Report on malaria in the Punjab during the year ...  together with an account of the work of the Punjab Malaria Bureau - Volume 6
Disease focus: Malaria
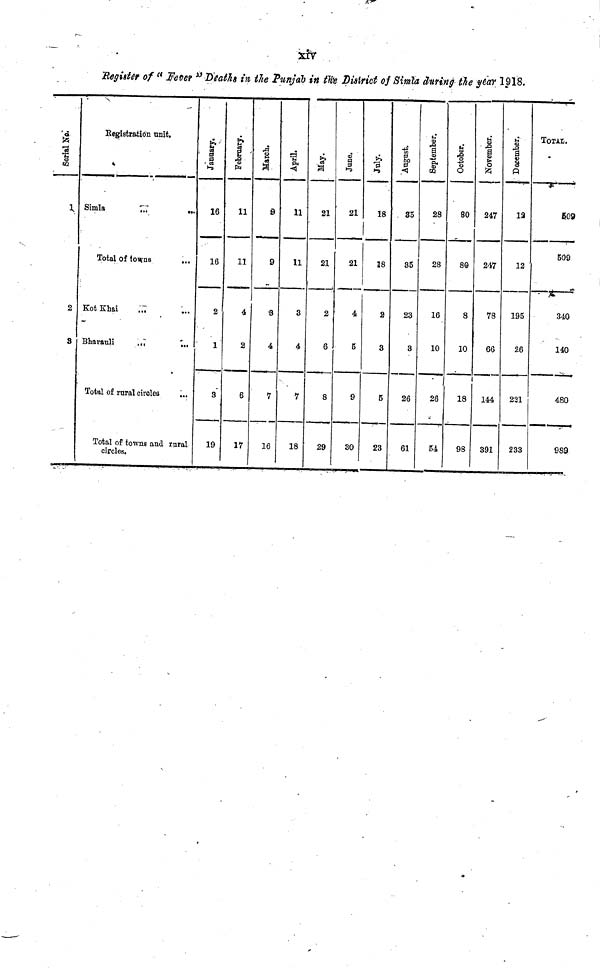
Register of « fletet u Death in the Punjab in tlte district of Simla during tie year 1918.
\
2
8
Kegistration unit.
Simla
,„
M>
Total of towns
KotKhai
,„
Bharauli
,,,
;,,
Total of rural circles
;„
Total of towns and rural
circles.
, s
•|
16
16
2
1
3
19
•8
11
11
4
2
6
17
g
9
9
8
4
7
16
•
April.
11
11
3
4
7
18
May.
21
21
2
6
8
29
June.
21
21
4
5
9
30
1-9
18
38
2
3
5
23
Augusi
35
35
23
3
26
61
iber.
I
Septen
28
28
16
10
26
54
Octobe
80
80
8
10
18
98
a>
1
247
247
78
66
144
391
s
p
12
12
195
26
221
233
TorAI.
5.09
509
-
/*•
340
140
480
989